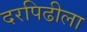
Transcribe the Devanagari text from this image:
दरपिढीला